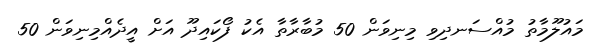
މައުލޫމާތު މުއްސަނދިވި މިނިވަން 50 މުބާރާތާ އެކު ފޯކައިދޫ އަށް އީދެއްމިނިވަން 50